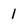
Character: 1